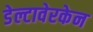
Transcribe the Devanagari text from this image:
डेल्टावेरकेन